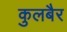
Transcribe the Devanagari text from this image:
कुलबैर